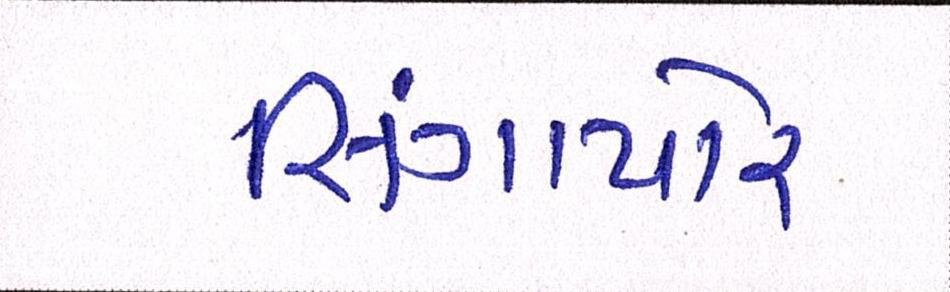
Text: સિંગાપોર